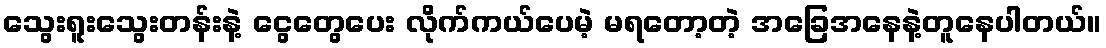
သွေးရူးသွေးတန်းနဲ့ ငွေတွေပေး လိုက်ကယ်ပေမဲ့ မရတော့တဲ့ အခြေအနေနဲ့တူနေပါတယ်။